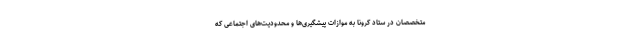
متخصصان در ستاد کرونا به موازات پیشگیری‌ها و محدودیت‌های اجتماعی که